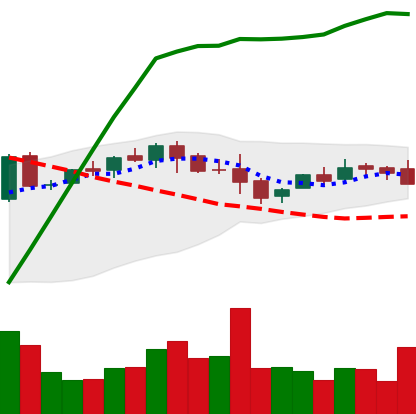
Ticker: LTC-USD
Chart end date: 2015-10-25
Forward return: 32.484%
Label: up_7plus